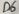
Text: D6